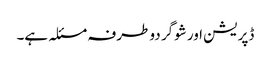
ڈپریشن اور شوگر دو طرفہ مسئلہ ہے۔